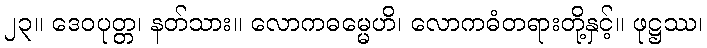
၂၃။ ဒေဝပုတ္တ၊ နတ်သား။ လောကဓမ္မေဟိ၊ လောကဓံတရားတို့နှင့်။ ဖုဋ္ဌဿ၊